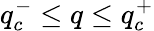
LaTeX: q_{c}^{-}\le q\le q_{c}^{+}